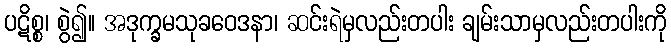
ပဋိစ္စ၊ စွဲ၍။ အဒုက္ခမသုခဝေဒနာ၊ ဆင်းရဲမှလည်းတပါး ချမ်းသာမှလည်းတပါးကို